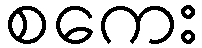
စကေး